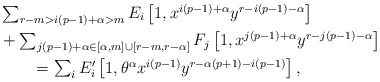
\begin{align*}&\textstyle \sum_{r - m > i(p-1)+\alpha > m} E_i \left[1,x^{i(p-1)+\alpha}y^{r-i(p-1)-\alpha}\right] \\ & \textstyle + \sum_{j(p-1)+\alpha \in [\alpha,m] \cup [r-m,r-\alpha]} F_j \left[1,x^{j(p-1)+\alpha}y^{r-j(p-1)-\alpha}\right] \\ & \textstyle \qquad = \sum_{i}E_i' \left[1,\theta^\alpha x^{i(p-1)}y^{r-\alpha(p+1)-i(p-1)}\right],\end{align*}